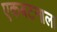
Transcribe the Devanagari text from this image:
एकबटनाला